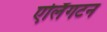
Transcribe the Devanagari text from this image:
एर्लिंगटन